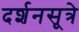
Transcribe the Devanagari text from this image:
दर्शनसूत्रे